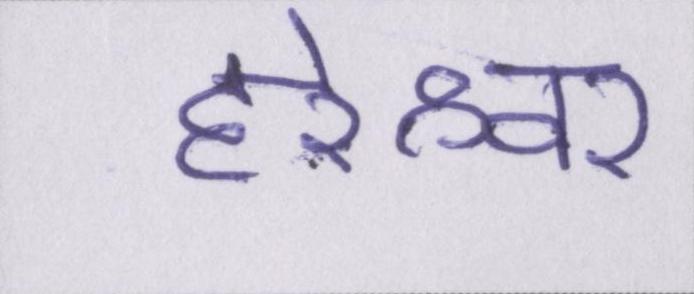
हरेश्वर